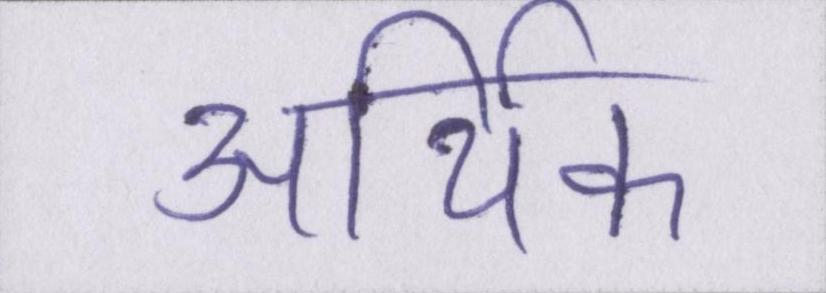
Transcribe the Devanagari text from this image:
आथि॑क